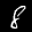
Label: 8